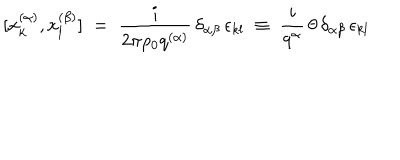
LaTeX: [ x _ { k } ^ { ( \alpha ) } , x _ { l } ^ { ( \beta ) } ] \; = \; \frac { i } { 2 \pi \rho _ { 0 } q ^ { ( \alpha ) } } \, \delta _ { \alpha \beta } \, \epsilon _ { k l } \; \equiv \; \frac { i } { q ^ { \alpha } } \, \theta \, \delta _ { \alpha \beta } \, \epsilon _ { k l }